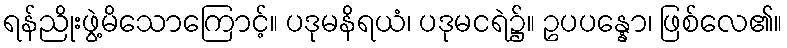
ရန်ညိုးဖွဲ့မိသောကြောင့်။ ပဒုမနိရယံ၊ ပဒုမငရဲ၌။ ဥပပန္နော၊ ဖြစ်လေ၏။